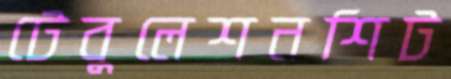
টেবুলেশনশিট